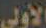
الأولى